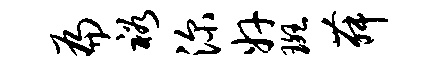
扁裕深奸斑舞